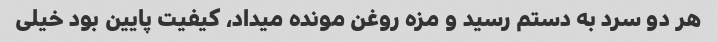
هر دو سرد به دستم رسید‌ و مزه روغن مونده میداد، کیفیت پایین بود خیلی